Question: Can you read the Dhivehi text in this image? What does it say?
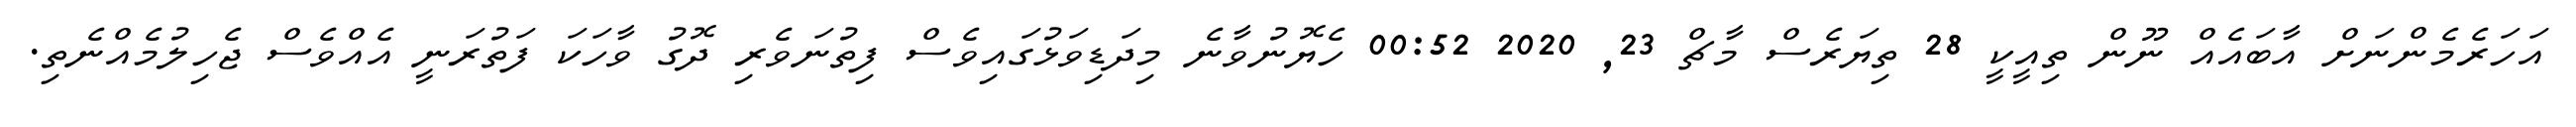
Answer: އަހަރެމެންނަށް އާބައެއް ނޫން ތިއީކީ 28 ތިޔަރެސް މާޗް 23, 2020 00:52 ހެޔޮނުވާނެ މިދަޑިވަޅުގައިވެސް ފިތުނަވެރި ދޮގު ވާހަކަ ފަތުރަނީ އެއްވެސް ޖެހިލުމެއްނެތި.